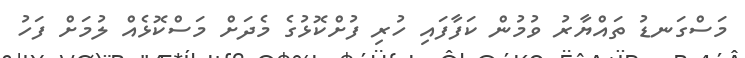
މަސްގަނޑު ތައްޔާރު ވުމުން ކަފާފައި ހުރި ފުށްކޮޅުގެ މެދަށް މަސްކޮޅެއް ލުމަށް ފަހު